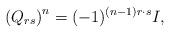
LaTeX: \begin{align*}\left( Q_{rs}\right) ^n=(-1)^{(n-1)r\cdot s}I,\end{align*}